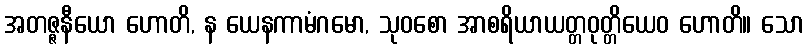
အတဇ္ဇနီယော ဟောတိ, န ယေနကာမံဂမော, သုဝစော အာစရိယာယတ္တဝုတ္တိယေဝ ဟောတိ။ သော